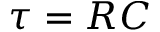
\tau = R C